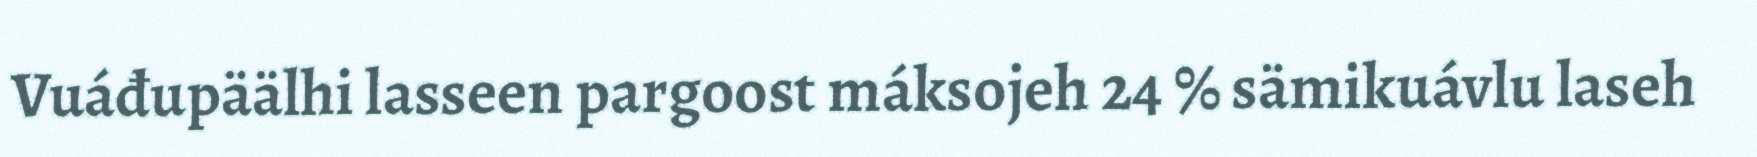
Vuáđupäälhi lasseen pargoost máksojeh 24 % sämikuávlu laseh